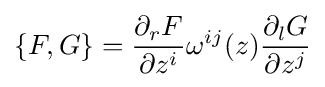
\{F,G\}={\frac {\partial _{r}F}{\partial z^{i}}}\omega ^{ij}(z){\frac {\partial _{l}G}{\partial z^{j}}}